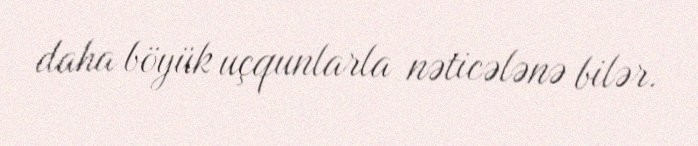
daha böyük uçqunlarla nəticələnə bilər.